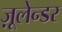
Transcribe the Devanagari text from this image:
ज़ूलेन्डर